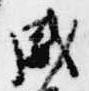
威